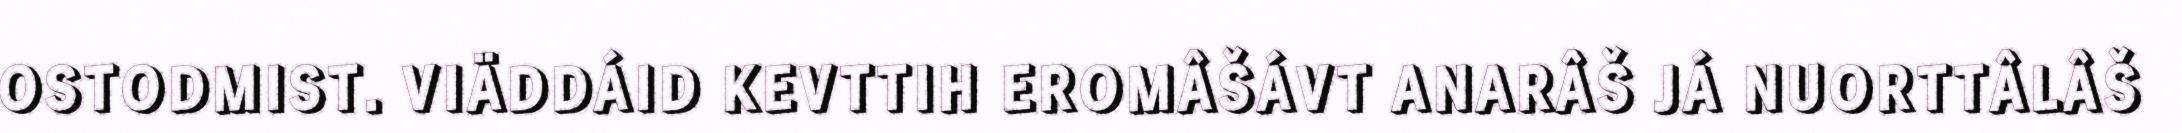
OSTODMIST. VIÄDDÁID KEVTTIH EROMÂŠÁVT ANARÂŠ JÁ NUORTTÂLÂŠ